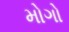
મોગો